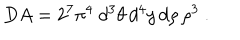
LaTeX: D A = 2 ^ { 7 } \pi ^ { 4 } ~ d ^ { 3 } \theta \, d ^ { 4 } y \, d \rho \, \rho ^ { 3 } ~ .